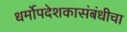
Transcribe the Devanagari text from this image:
धर्मोपदेशकासंबंधीचा